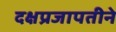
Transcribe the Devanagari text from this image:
दक्षप्रजापतीने